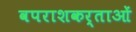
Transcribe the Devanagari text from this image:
वपराशकर्ताओं